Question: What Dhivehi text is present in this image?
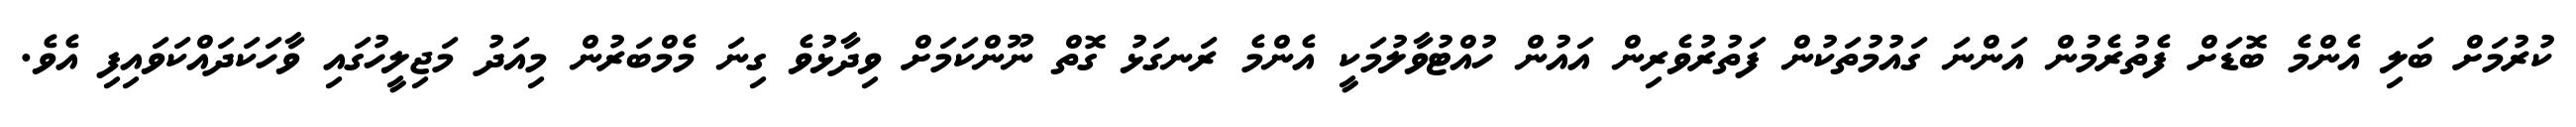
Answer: ކުރުމަށް ބަލި އެންމެ ބޮޑަށް ފެތުރެމުން އަންނަ ގައުމުތަކުން ފަތުރުވެރިން އައުން ހުއްޓުވާލުމަކީ އެންމެ ރަނގަޅު ގޮތް ނޫންކަމަށް ވިދާޅުވެ ގިނަ މެމްބަރުން މިއަދު މަޖިލީހުގައި ވާހަކަދައްކަވައިފި އެވެ.